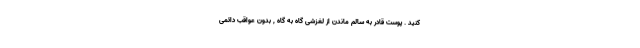
کنید . پوست قادر به سالم ماندن از لغزشی گاه به گاه , بدون عواقب دائمی